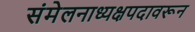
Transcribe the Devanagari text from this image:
संमेलनाध्यक्षपदावरून